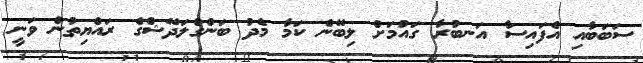
ސަބަބާއި އެފައިސާ އަނބުރާ ގައުމަށް ލިބޭނެ ކަމާ މެދު ބަންގްލަދޭޝްގެ ރައްޔިތުން ވަނީ